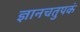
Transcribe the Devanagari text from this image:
ज्ञानचतुपकं